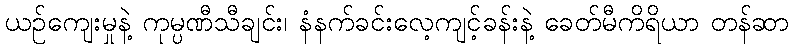
ယဉ်ကျေးမှုနဲ့ ကုမ္ပဏီသီချင်း၊ နံနက်ခင်းလေ့ကျင့်ခန်းနဲ့ ခေတ်မီကိရိယာ တန်ဆာ